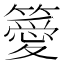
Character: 𥴨